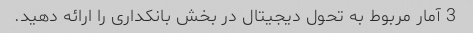
3 آمار مربوط به تحول دیجیتال در بخش بانکداری را ارائه دهید.